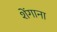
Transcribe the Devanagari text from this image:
शेंगाना